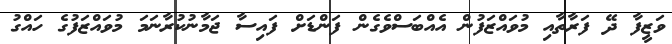
ވަޒީފާ ދޭ ފަރާތާއި މުވައްޒަފުން އެއްބަސްވެގެން ފަންޑަށް ފައިސާ ޖަމާނުކުރާނަމަ މުވައްޒަފުގެ ހައްގު